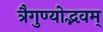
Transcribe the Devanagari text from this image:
त्रैगुण्योद्भवम्